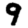
Digit: 9